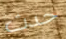
حدث